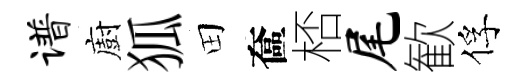
谱廚狐田奩桮尾歓俘